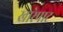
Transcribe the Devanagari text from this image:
खारेपाट